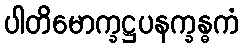
ပါတိမောက္ခဋ္ဌပနက္ခန္ဓကံ